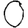
Digit: 0